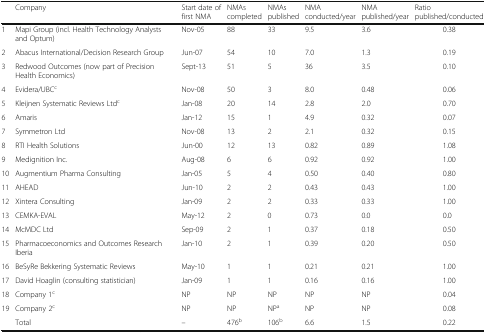
<table><thead><tr><td></td><td><b>Company</b></td><td><b>Start date of first NMA</b></td><td><b>NMAs completed</b></td><td><b>NMAs published</b></td><td><b>NMA conducted/year</b></td><td><b>NMA published/year</b></td><td><b>Ratio published/conducted</b></td></tr></thead><tbody><tr><td>1</td><td>Mapi Group (incl. Health Technology Analysts and Optum)</td><td>Nov-05</td><td>88</td><td>33</td><td>9.5</td><td>3.6</td><td>0.38</td></tr><tr><td>2</td><td>Abacus International/Decision Research Group</td><td>Jun-07</td><td>54</td><td>10</td><td>7.0</td><td>1.3</td><td>0.19</td></tr><tr><td>3</td><td>Redwood Outcomes (now part of Precision Health Economics)</td><td>Sept-13</td><td>51</td><td>5</td><td>36</td><td>3.5</td><td>0.10</td></tr><tr><td>4</td><td>Evidera/UBC<sup>c</sup></td><td>Nov-08</td><td>50</td><td>3</td><td>8.0</td><td>0.48</td><td>0.06</td></tr><tr><td>5</td><td>Kleijnen Systematic Reviews Ltd<sup>c</sup></td><td>Jan-08</td><td>20</td><td>14</td><td>2.8</td><td>2.0</td><td>0.70</td></tr><tr><td>6</td><td>Amaris</td><td>Jan-12</td><td>15</td><td>1</td><td>4.9</td><td>0.32</td><td>0.07</td></tr><tr><td>7</td><td>Symmetron Ltd</td><td>Nov-08</td><td>13</td><td>2</td><td>2.1</td><td>0.32</td><td>0.15</td></tr><tr><td>8</td><td>RTI Health Solutions</td><td>Jun-00</td><td>12</td><td>13</td><td>0.82</td><td>0.89</td><td>1.08</td></tr><tr><td>9</td><td>Medignition Inc.</td><td>Aug-08</td><td>6</td><td>6</td><td>0.92</td><td>0.92</td><td>1.00</td></tr><tr><td>10</td><td>Augmentium Pharma Consulting</td><td>Jan-05</td><td>5</td><td>4</td><td>0.50</td><td>0.40</td><td>0.80</td></tr><tr><td>11</td><td>AHEAD</td><td>Jun-10</td><td>2</td><td>2</td><td>0.43</td><td>0.43</td><td>1.00</td></tr><tr><td>12</td><td>Xintera Consulting</td><td>Jan-09</td><td>2</td><td>2</td><td>0.33</td><td>0.33</td><td>1.00</td></tr><tr><td>13</td><td>CEMKA-EVAL</td><td>May-12</td><td>2</td><td>0</td><td>0.73</td><td>0.0</td><td>0.0</td></tr><tr><td>14</td><td>McMDC Ltd</td><td>Sep-09</td><td>2</td><td>1</td><td>0.37</td><td>0.18</td><td>0.50</td></tr><tr><td>15</td><td>Pharmacoeconomics and Outcomes Research Iberia</td><td>Jan-10</td><td>2</td><td>1</td><td>0.39</td><td>0.20</td><td>0.50</td></tr><tr><td>16</td><td>BeSyRe Bekkering Systematic Reviews</td><td>May-10</td><td>1</td><td>1</td><td>0.21</td><td>0.21</td><td>1.00</td></tr><tr><td>17</td><td>David Hoaglin (consulting statistician)</td><td>Jan-09</td><td>1</td><td>1</td><td>0.16</td><td>0.16</td><td>1.00</td></tr><tr><td>18</td><td>Company 1<sup>c</sup></td><td>NP</td><td>NP</td><td>NP</td><td>NP</td><td>NP</td><td>0.04</td></tr><tr><td>19</td><td>Company 2<sup>c</sup></td><td>NP</td><td>NP</td><td>NP<sup>a</sup></td><td>NP</td><td>NP</td><td>0.08</td></tr><tr><td></td><td>Total</td><td>–</td><td>476<sup>b</sup></td><td>106<sup>b</sup></td><td>6.6</td><td>1.5</td><td>0.22</td></tr></tbody></table>